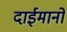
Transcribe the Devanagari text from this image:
दाईमानो